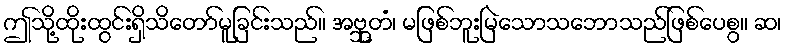
ဤသို့ထိုးထွင်းရှိသိတော်မူခြင်းသည်။ အဗ္ဘုတံ၊ မဖြစ်ဘူးမြဲသောသဘောသည်ဖြစ်ပေစွ။ ဆ၊